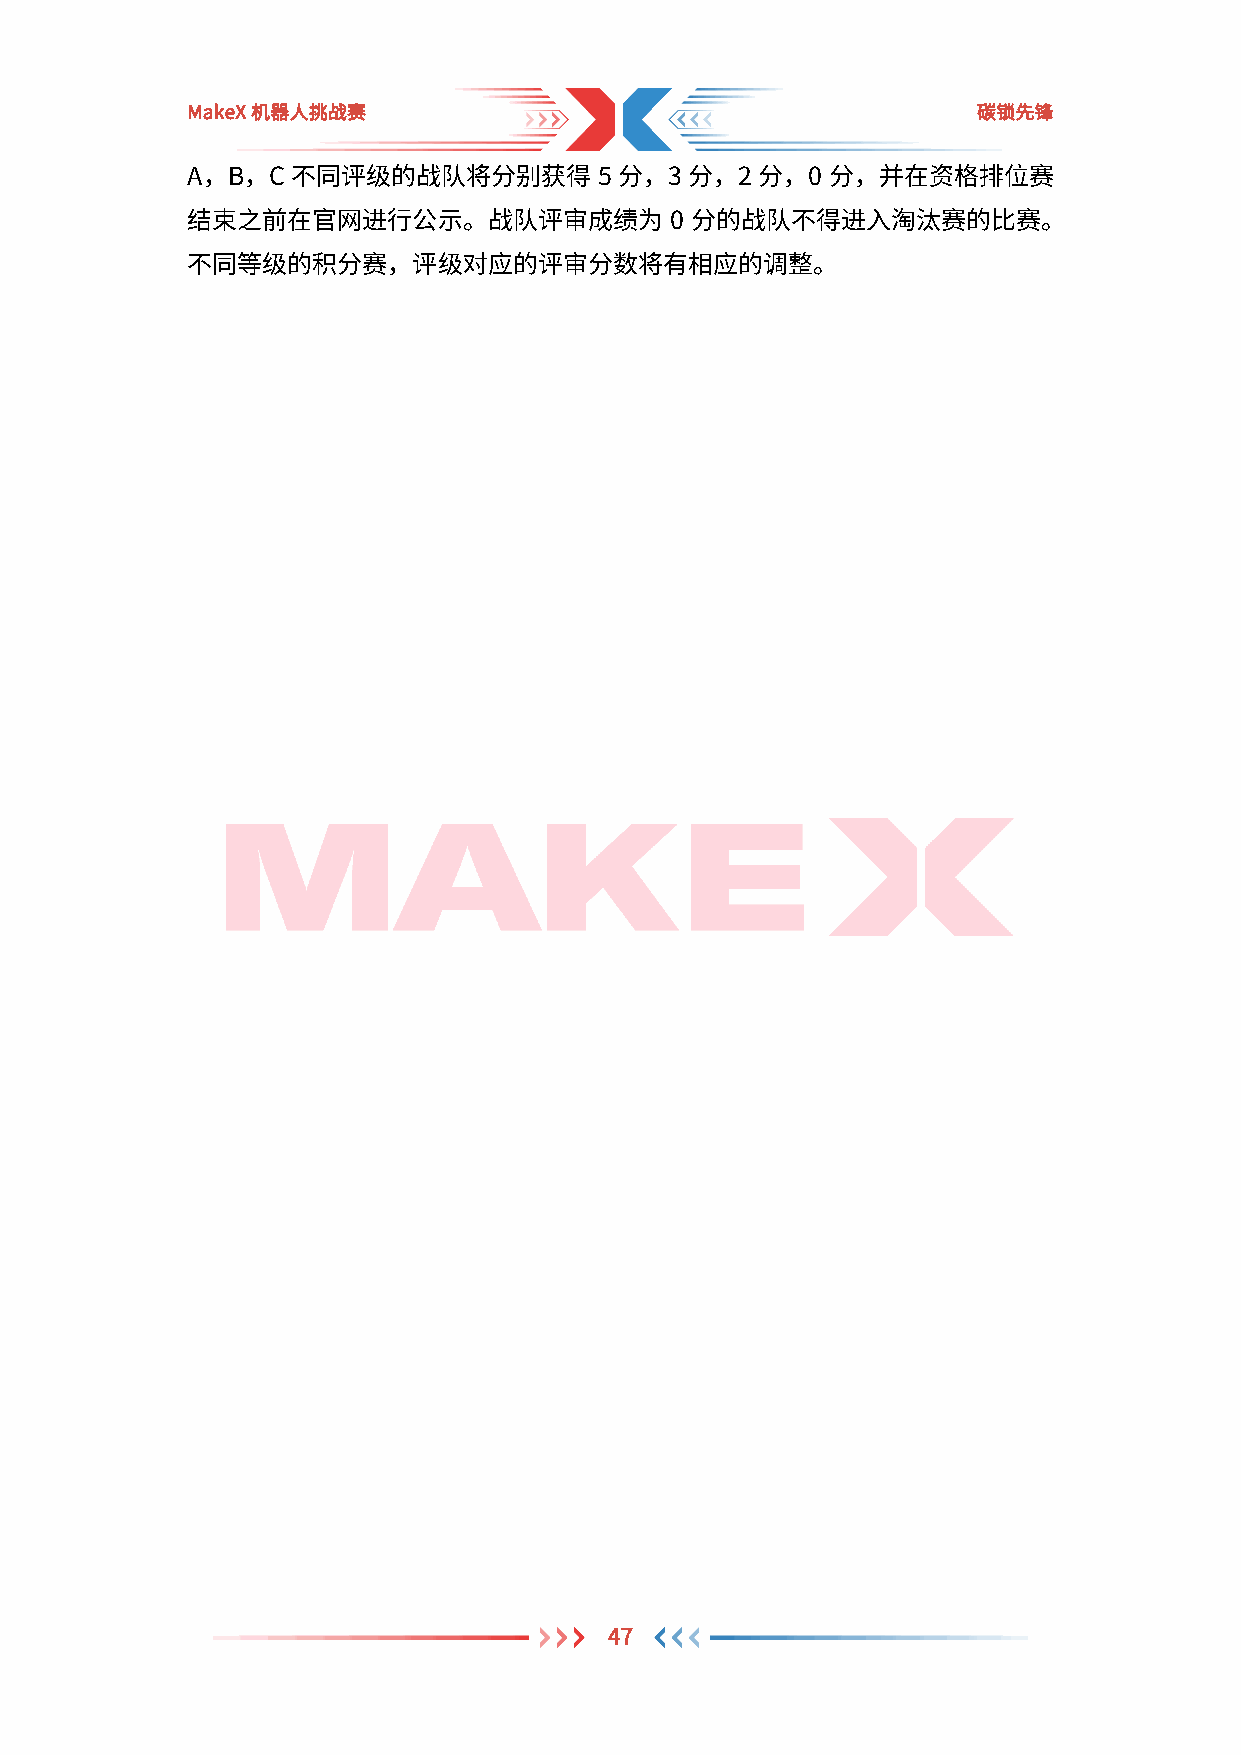
MakeX机器人挑战赛                                          碳锁先锋
 A，B，C  不同评级的战队将分别获得5         分，3  分，2 分，0  分，并在资格排位赛
 结束之前在官网进行公示。战队评审成绩为             0 分的战队不得进入淘汰赛的比赛。
 不同等级的积分赛，评级对应的评审分数将有相应的调整。
 47